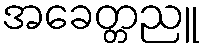
အခေတ္တညူ